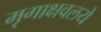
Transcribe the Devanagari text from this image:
मृगाक्षवलये